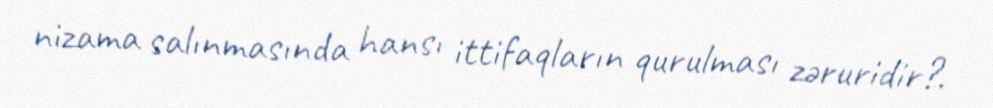
nizama salınmasında hansı ittifaqların qurulması zəruridir?.